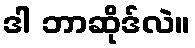
ဒါ ဘာဆိုဒ်လဲ။